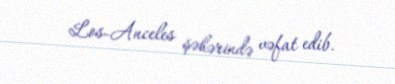
Los-Anceles şəhərində vəfat edib.